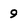
Character: 9